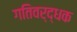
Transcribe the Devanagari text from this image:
गतिवर्द्धक